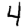
Digit: 4